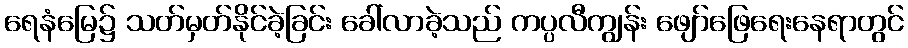
ရေနံမြေ၌ သတ်မှတ်နိုင်ခဲ့ခြင်း ခေါ်လာခဲ့သည် ကပ္ပလီကျွန်း ဖျော်ဖြေရေးနေရာတွင်